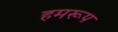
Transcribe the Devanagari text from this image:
हमरूप